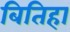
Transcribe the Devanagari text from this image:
बितिहा